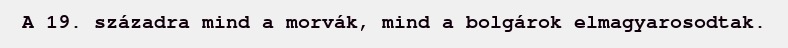
A 19. századra mind a morvák, mind a bolgárok elmagyarosodtak.